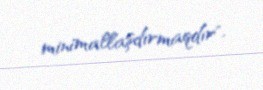
minimallaşdırmaqdır".